Indian journal of veterinary science and animal husbandry - Volumes 26-27, 1956-1957
Year: 1956
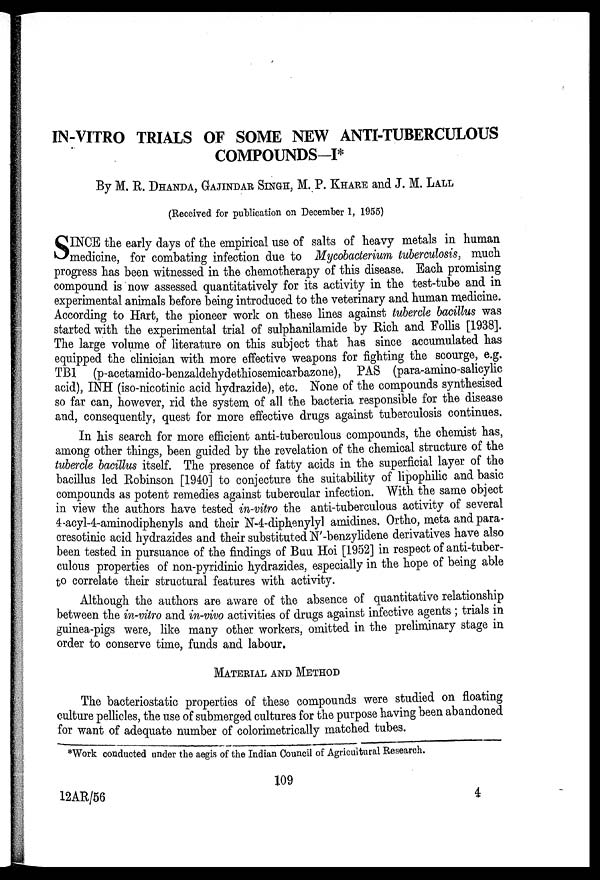
IN-VITRO TRIALS OF SOME NEW ANTI-TUBERCULOUS
COMPOUNDS-I*
By M. R. DHANDA, GAJINDAR SINGH, M. P. KHARE and J. M. LALL
(Received for publication on December 1, 1955)
S INCE the early days of the empirical use of salts of heavy metals in human
medicine, for combating infection due to Mycobacterium tuberculosis, much
progress has been witnessed in the chemotherapy of this disease. Each promising
compound is now assessed quantitatively for its activity in the test-tube and in
experimental animals before being introduced to the veterinary and human medicine.
According to Hart, the pioneer work on these lines against tubercle bacillus was
started with the experimental trial of sulphanilamide by Rich and Follis [1938].
The large volume of literature on this subject that has since accumulated has
equipped the clinician with more effective weapons for fighting the scourge, e.g.
TB1 (p-acetamido-benzaldehydethiosemicarbazone), PAS (para-amino-salicylic
acid), INH (iso-nicotinic acid hydrazide), etc. None of the compounds synthesised
so far can, however, rid the system of all the bacteria responsible for the disease
and, consequently, quest for more effective drugs against tuberculosis continues.
In his search for more efficient anti-tuberculous compounds, the chemist has,
among other things, been guided by the revelation of the chemical structure of the
tubercle bacillus itself. The presence of fatty acids in the superficial layer of the
bacillus led Robinson [1940] to conjecture the suitability of lipophilic and basic
compounds as potent remedies against tubercular infection. With the same object
in view the authors have tested in-vitro the anti-tuberculous activity of several
4-acyl-4-aminodiphenyls and their N-4-diphenylyl amidines. Ortho, meta and para-
cresotinic acid hydrazides and their substituted N'-benzylidene derivatives have also
been tested in pursuance of the findings of Buu Hoi [1952] in respect of anti-tuber-
culous properties of non-pyridinic hydrazides, especially in the hope of being able
to correlate their structural features with activity.
Although the authors are aware of the absence of quantitative relationship
between the in-vitro and in-vivo activities of drugs against infective agents ; trials in
guinea-pigs were, like many other workers, omitted in the preliminary stage in
order to conserve time, funds and labour.
MATERIAL AND METHOD
The bacteriostatic properties of these compounds were studied on floating
culture pellicles, the use of submerged cultures for the purpose having been abandoned
for want of adequate number of colorimetrically matched tubes.
*Work conducted under the aegis of the Indian Council of Agricultural Research.
109
12AR/56
4